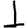
Digit: 1